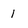
Character: 1